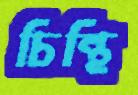
চিন্থি